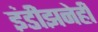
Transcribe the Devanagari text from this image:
इंडीझनेही